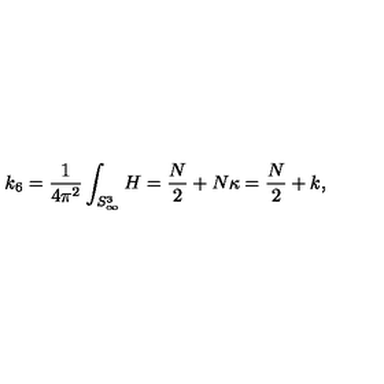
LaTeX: k _ { 6 } = \frac { 1 } { 4 \pi ^ { 2 } } \int _ { S _ { \infty } ^ { 3 } } H = \frac { N } { 2 } + N \kappa = \frac { N } { 2 } + k ,